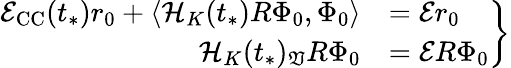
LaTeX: \left.\begin{array}{rl}{\mathcal{E}_{\mathrm{CC}}(t_{*})r_{0}+\langle\mathcal{H}_{K}(t_{*})R\Phi_{0},\Phi_{0}\rangle}&{=\mathcal{E}r_{0}}\\ {\mathcal{H}_{K}(t_{*})_{\mathfrak{V}}R\Phi_{0}}&{=\mathcal{E}R\Phi_{0}}\end{array}\right\}